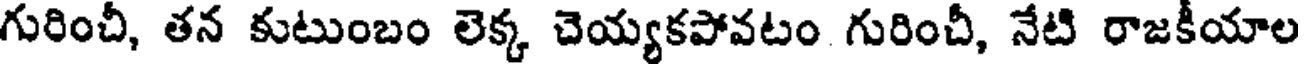
గురించీ, తన కుటుంబం లెక్క చెయ్యకపోవటం గురించీ, నేటి రాజకీయాల